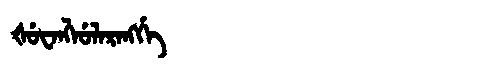
Manchu: ᡧᡠᠸᠠᠩᠯᡠᠯᠠᡵᠠᠩᡤᡝ
Romanization: ŠUWANGLULARANGGE